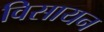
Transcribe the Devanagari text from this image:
विसायन